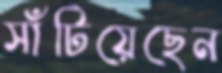
সাঁটিয়েছেন